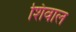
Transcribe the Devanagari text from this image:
शिवाल